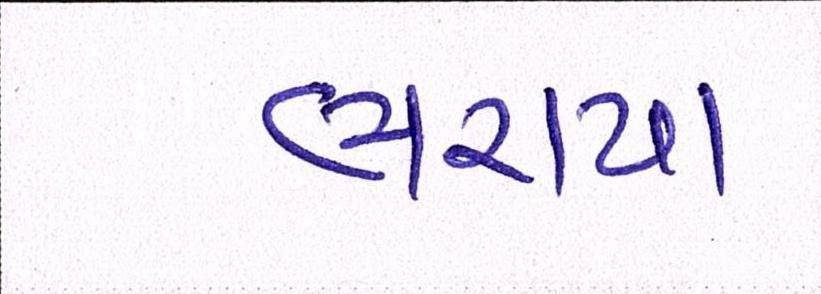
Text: ભરાયા